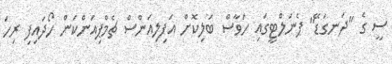
ސީ ގެ "ދަނގަޑޭ" ޕެނަލްޓީގައި ހަވާސް ބަލިކޮށް އަފިލިއަންސް ޗެމްޕިއަންކަން ހޯދައިފި ރިހަ